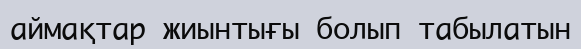
аймақтар жиынтығы болып табылатын